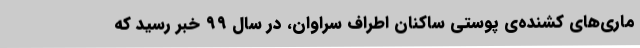
ماری‌های کشنده‌ی پوستی ساکنان اطراف سراوان، در سال ۹۹ خبر رسید که